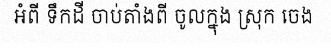
អំពី ទឹកដី ចាប់តាំងពី ចូលក្នុង ស្រុក ចេង